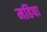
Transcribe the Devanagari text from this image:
महिषा